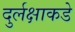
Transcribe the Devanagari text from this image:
दुर्लक्षाकडे